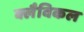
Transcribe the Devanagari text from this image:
क्लैविकल